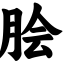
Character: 脍